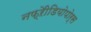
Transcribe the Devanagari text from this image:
नफ्ऱेीडियोपोर्स